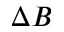
\Delta B